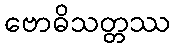
ဗောဓိသတ္တဿ